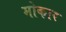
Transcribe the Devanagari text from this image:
मोकार